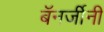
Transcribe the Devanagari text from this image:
बॅनर्जीनी